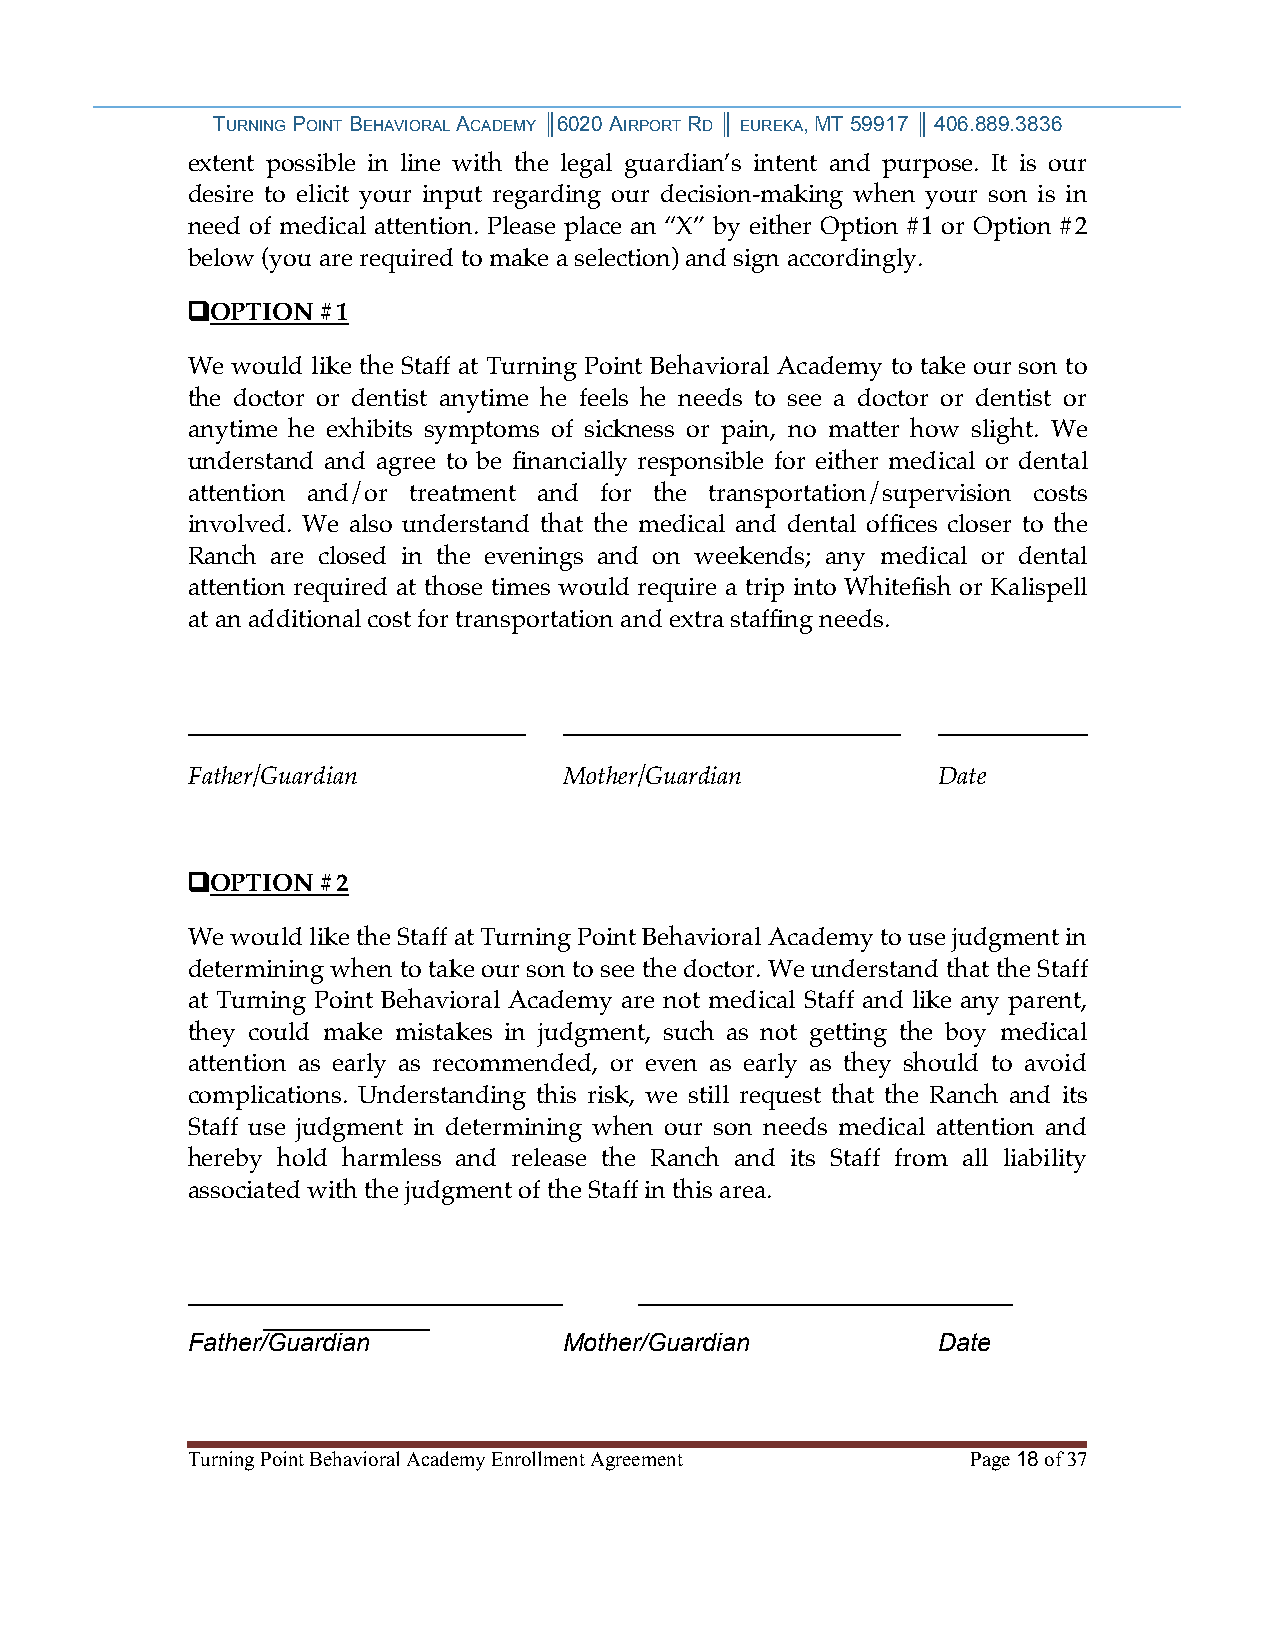
TURNING POINT BEHAVIORAL ACADEMY ║6020 AIRPORT RD ║ EUREKA, MT 59917 ║ 406.889.3836
 extent possible in line with the legal guardian’s intent and purpose. It is our
 desire to elicit your input regarding our decision-making when your son is in
 need of medical attention. Please place an “X” by either Option #1 or Option #2
 below (you are required to make a selection) and sign accordingly.
 ❑OPTION  #1
 We would like the Staff at Turning Point Behavioral Academy to take our son to
 the doctor or dentist anytime he feels he needs to see a doctor or dentist or
 anytime he exhibits symptoms of sickness or pain, no matter how slight. We
 understand and agree to be financially responsible for either medical or dental
 attention and/or treatment and for the transportation/supervision costs
 involved. We also understand that the medical and dental offices closer to the
 Ranch are closed in the evenings and on weekends; any medical or dental
 attention required at those times would require a trip into Whitefish or Kalispell
 at an additional cost for transportation and extra staffing needs.
 ___________________________ ___________________________ ____________
 Father/Guardian          Mother/Guardian          Date
 ❑OPTION  #2
 We would like the Staff at Turning Point Behavioral Academy to use judgment in
 determining when to take our son to see the doctor. We understand that the Staff
 at Turning Point Behavioral Academy are not medical Staff and like any parent,
 they could make mistakes in judgment, such as not getting the boy medical
 attention as early as recommended, or even as early as they should to avoid
 complications. Understanding this risk, we still request that the Ranch and its
 Staff use judgment in determining when our son needs medical attention and
 hereby hold harmless and release the Ranch and its Staff from all liability
 associated with the judgment of the Staff in this area.
 ___________________________   ___________________________
 ____________
 Father/Guardian          Mother/Guardian          Date
 Turning Point Behavioral Academy Enrollment Agreement Page 18 of 37